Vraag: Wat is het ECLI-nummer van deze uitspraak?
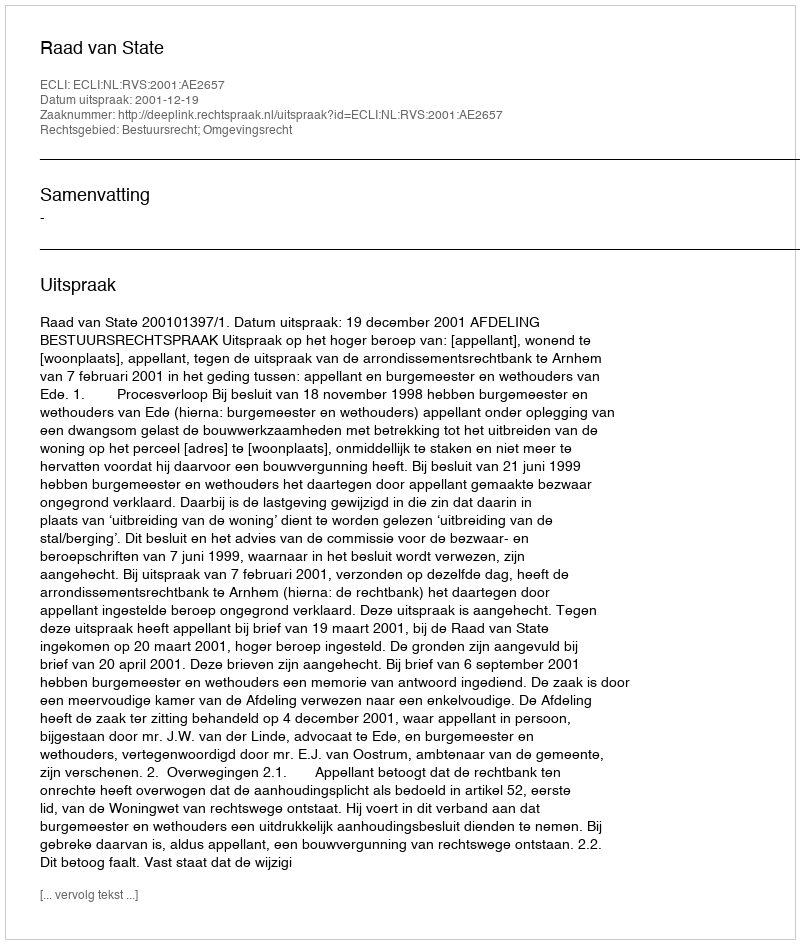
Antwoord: ECLI:NL:RVS:2001:AE2657